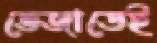
ভেজাতেই